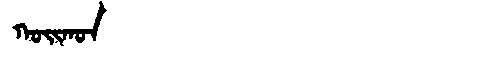
Manchu: ᡴᠣᡳᡴᠣᠨ
Romanization: KOIKON